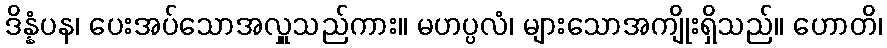
ဒိန္နံပန၊ ပေးအပ်သောအလှူသည်ကား။ မဟပ္ပလံ၊ များသောအကျိုးရှိသည်။ ဟောတိ၊